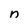
Character: n